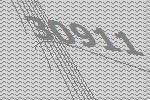
30911